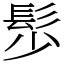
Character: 䯯